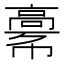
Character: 𩫎